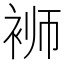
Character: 𬡔